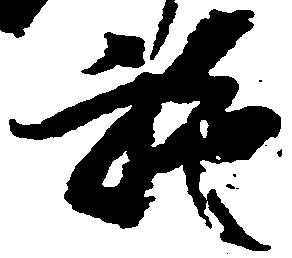
施